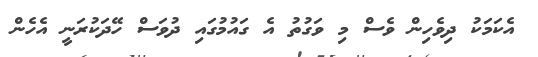
އެކަމަކު ދިވެހިން ވެސް މި ވަގުތު އެ ގައުމުގައި ދުވަސް ހޭދަކުރަނީ އެހެން